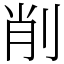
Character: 削